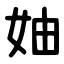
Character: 妯